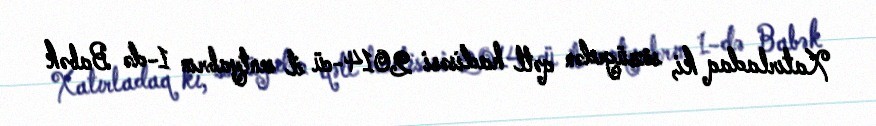
Xatırladaq ki, sözügedən qətl hadisəsi 2014-cü il sentyabrın 1-də Babək